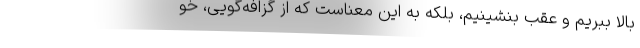
بالا ببریم و عقب بنشینیم، بلکه به این معناست که از گزافه‌گویی، خو